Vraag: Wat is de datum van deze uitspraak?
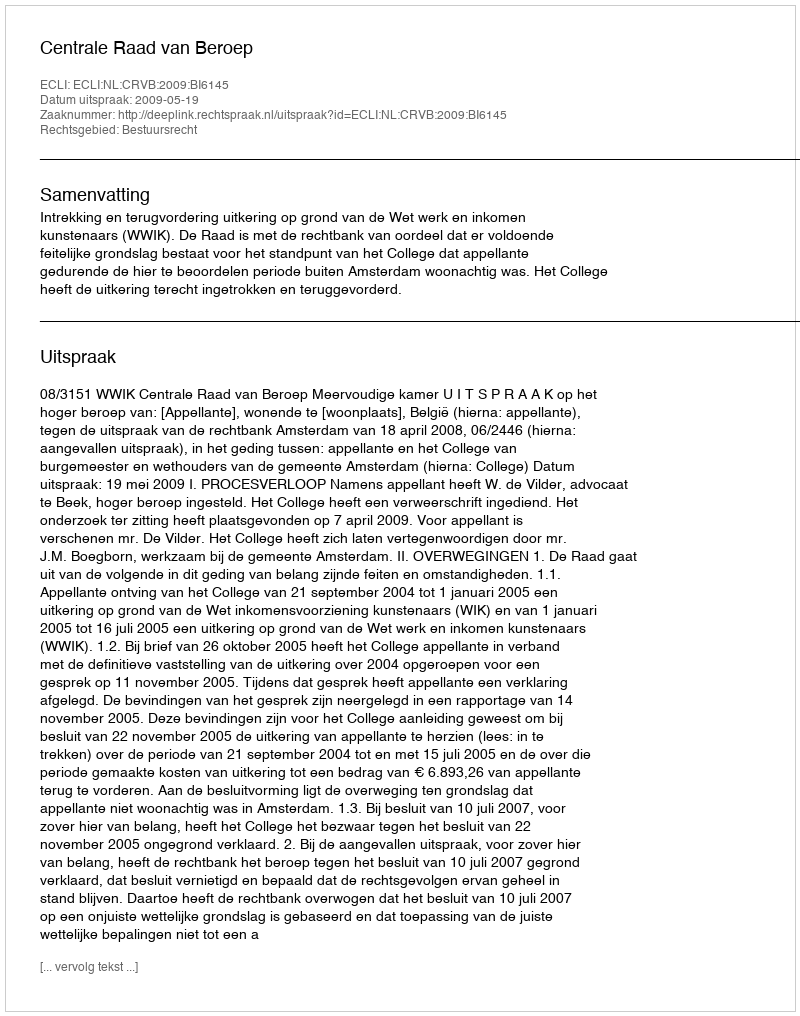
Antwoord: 2009-05-19